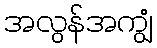
အလွန်အကျွံ